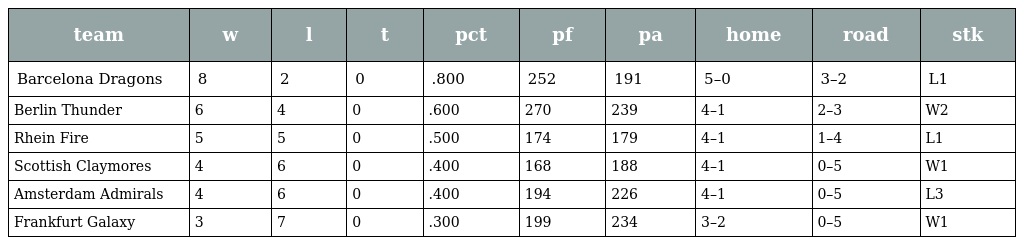
| team | w | l | t | pct | pf | pa | home | road | stk |
 | --- | --- | --- | --- | --- | --- | --- | --- | --- | --- |
 | Barcelona Dragons | 8 | 2 | 0 | .800 | 252 | 191 | 5–0 | 3–2 | L1 |
 | Berlin Thunder | 6 | 4 | 0 | .600 | 270 | 239 | 4–1 | 2–3 | W2 |
 | Rhein Fire | 5 | 5 | 0 | .500 | 174 | 179 | 4–1 | 1–4 | L1 |
 | Scottish Claymores | 4 | 6 | 0 | .400 | 168 | 188 | 4–1 | 0–5 | W1 |
 | Amsterdam Admirals | 4 | 6 | 0 | .400 | 194 | 226 | 4–1 | 0–5 | L3 |
 | Frankfurt Galaxy | 3 | 7 | 0 | .300 | 199 | 234 | 3–2 | 0–5 | W1 |